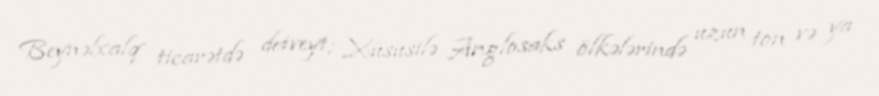
Beynəlxalq ticarətdə detveyt; Xüsusilə Anglosaks ölkələrində uzun ton və ya